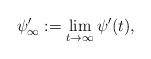
LaTeX: \begin{align*} \psi'_\infty:=\lim_{t\rightarrow\infty}\psi'(t),\end{align*}